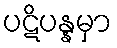
ပဋိပန္နမှာ